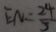
E N = \frac { 2 4 } { 5 }